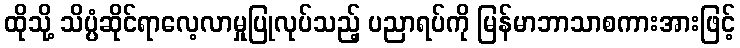
ထိုသို့ သိပ္ပံဆိုင်ရာလေ့လာမှုပြုလုပ်သည့် ပညာရပ်ကို မြန်မာဘာသာစကားအားဖြင့်